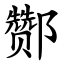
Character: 酂